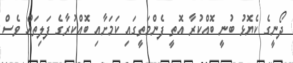
ދޯނީގެ ކެޔޮޅު ބުނީ ބޮއްކުރާ އޮތީ ފެންމަތީގައި ކަމަށާއި ބޮއްކުރާގެ ފަލިތައް ވެސް